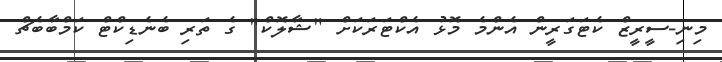
މިނި-ސީރީޒް ކެޓަގަރީން އެންމެ މޮޅު އެކްޓަރަކަށް "ޝާލޮކް" ގެ ތަރި ބެނެޑިކްޓް ކަމްބާބެޗް